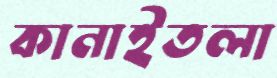
কানাইতলা